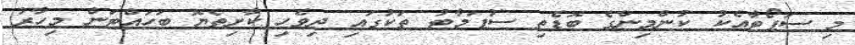
މި ސަޕޯޓާއެކު ކުންމިންގެ ބޮޑެތި ސުޕަމާޓު ތަކުގައި ދިވެހި ކާށިތެޔޮ ބަހައްޓަން މިހާރު